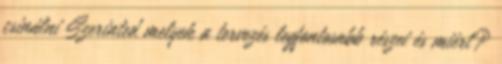
csinálni Szerinted melyek a tervezés legfontosabb részei és miért?